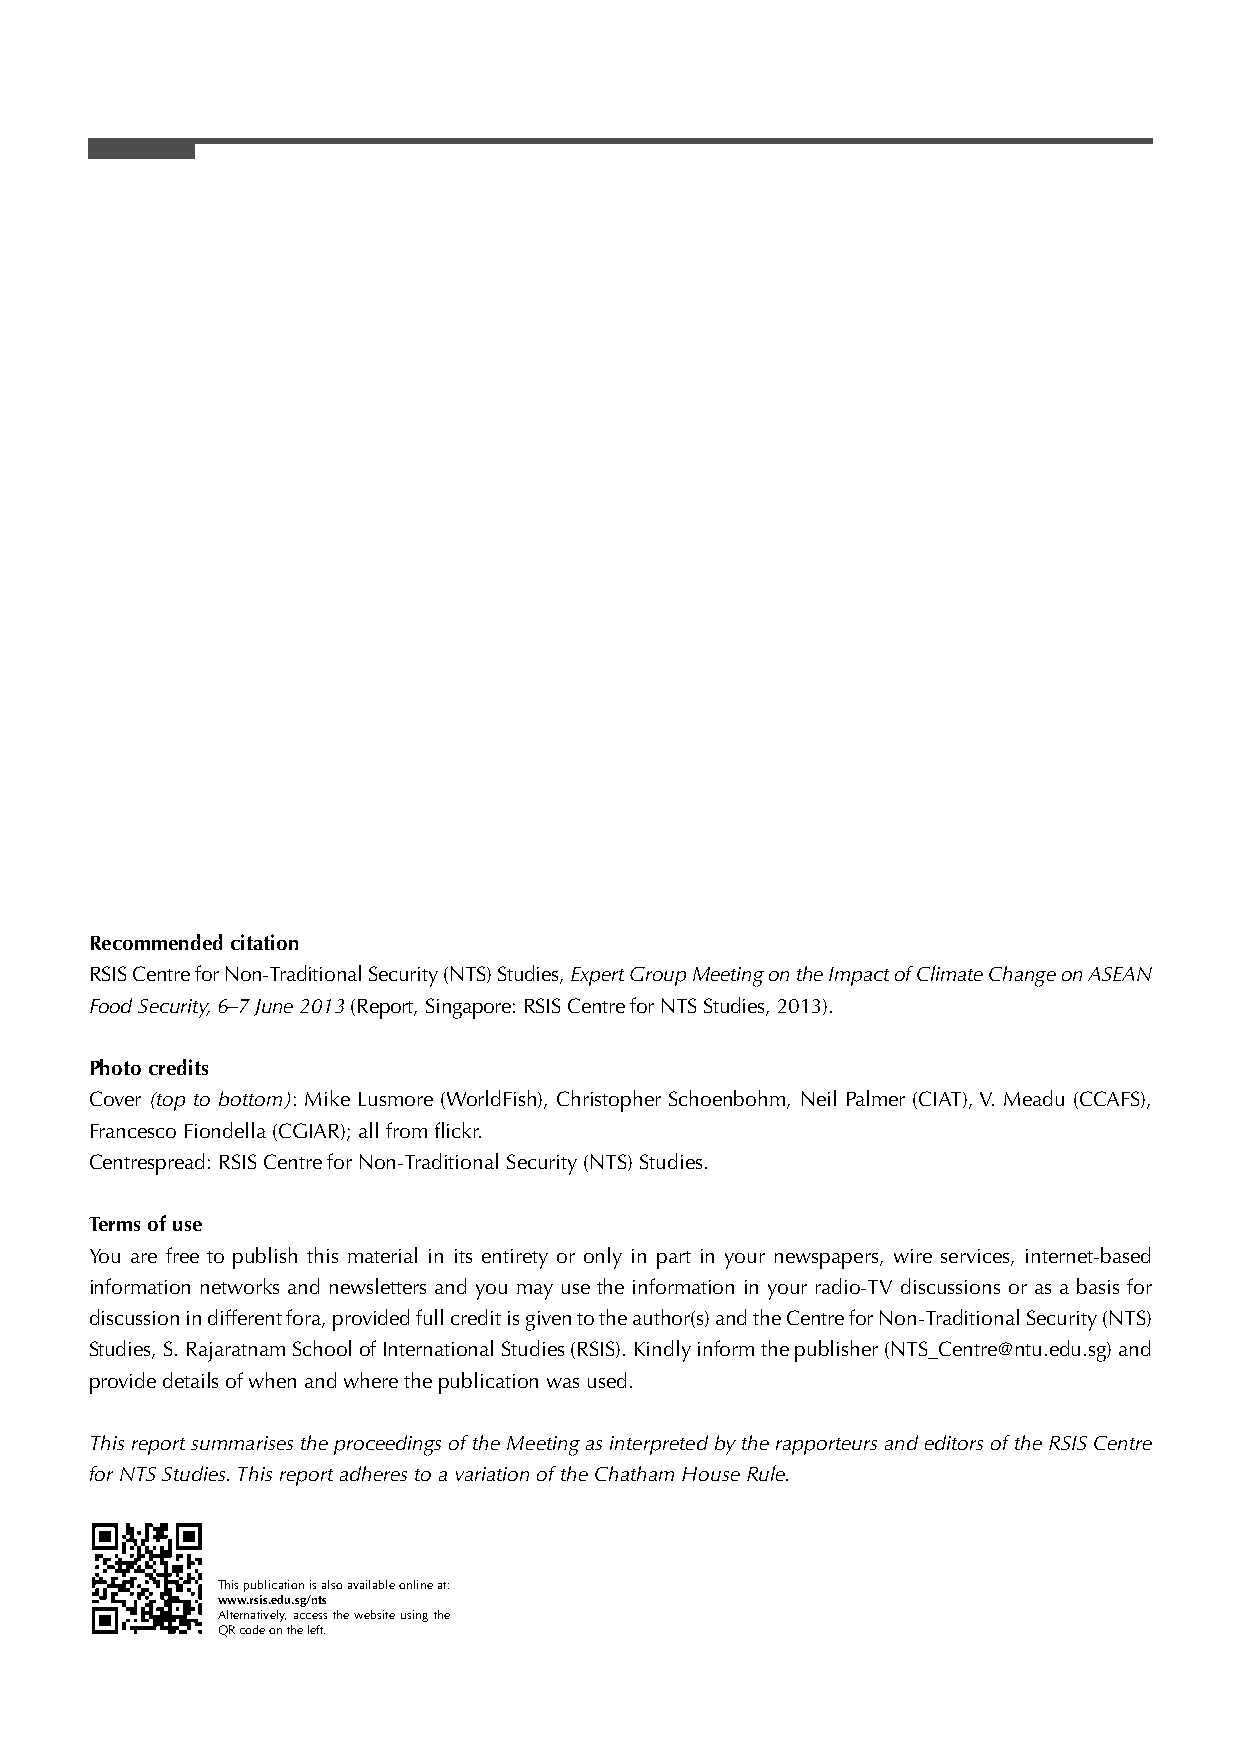
Recommended citation
 RSIS Centre for Non-Traditional Security (NTS) Studies, Expert Group Meeting on the Impact of Climate Change on ASEAN
 Food Security, 6–7 June 2013 (Report, Singapore: RSIS Centre for NTS Studies, 2013).
 Photo credits
 Cover (top to bottom): Mike Lusmore (WorldFish), Christopher Schoenbohm, Neil Palmer (CIAT), V. Meadu (CCAFS),
 Francesco Fiondella (CGIAR); all from fl ickr.
 Centrespread: RSIS Centre for Non-Traditional Security (NTS) Studies.
 Terms of use
 You are free to publish this material in its entirety or only in part in your newspapers, wire services, internet-based
 information networks and newsletters and you may use the information in your radio-TV discussions or as a basis for
 discussion in different fora, provided full credit is given to the author(s) and the Centre for Non-Traditional Security (NTS)
 Studies, S. Rajaratnam School of International Studies (RSIS). Kindly inform the publisher (NTS_Centre@ntu.edu.sg) and
 provide details of when and where the publication was used.
 This report summarises the proceedings of the Meeting as interpreted by the rapporteurs and editors of the RSIS Centre
 for NTS Studies. This report adheres to a variation of the Chatham House Rule.
 This publication is also available online at:
 www.rsis.edu.sg/nts
 Alternatively, access the website using the
 QR code on the left.